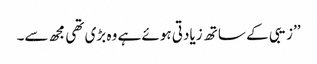
’’زیبی کے ساتھ زیادتی ہوئے ہے وہ بڑی تھی مجھ سے۔